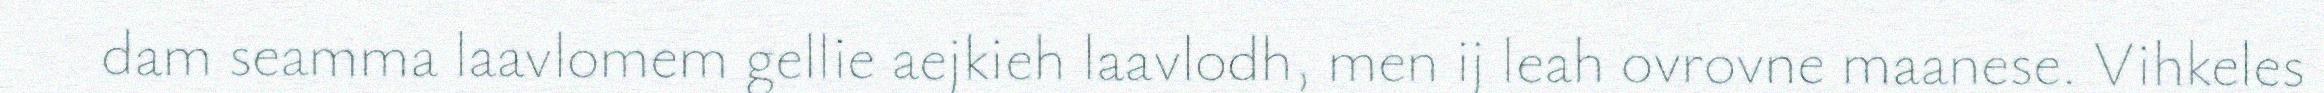
dam seamma laavlomem gellie aejkieh laavlodh, men ij leah ovrovne maanese. Vihkeles